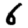
Digit: 6